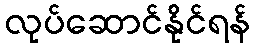
လုပ်ဆောင်နိုင်ရန်